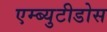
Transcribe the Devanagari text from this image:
एम्ब्युटीडोस